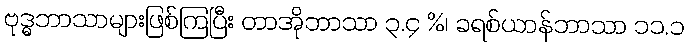
ဗုဒ္ဓဘာသာများဖြစ်ကြပြီး တာအိုဘာသာ ၃.၄ %၊ ခရစ်ယာန်ဘာသာ ၁၁.၁